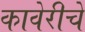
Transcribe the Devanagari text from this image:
कावेरीचे